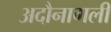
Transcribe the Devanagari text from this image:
अदौनागली